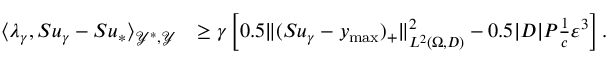
\begin{array} { r l } { \langle \lambda _ { \gamma } , S u _ { \gamma } - S u _ { * } \rangle _ { \mathcal { Y } ^ { * } , \mathcal { Y } } } & { \ge \gamma \left[ 0 . 5 \| ( S u _ { \gamma } - y _ { \operatorname* { m a x } } ) _ { + } \| _ { L ^ { 2 } ( \Omega , D ) } ^ { 2 } - 0 . 5 | D | P \frac { 1 } { c } \varepsilon ^ { 3 } \right] . } \end{array}